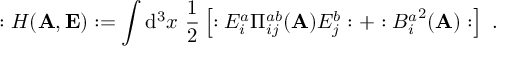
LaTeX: : H ( { \bf A } , { \bf E } ) : = \int \mathrm { d } ^ { 3 } x ~ \frac { 1 } { 2 } \left[ : E _ { i } ^ { a } \Pi _ { i j } ^ { a b } ( { \bf A } ) E _ { j } ^ { b } : + : { B _ { i } ^ { a } } ^ { 2 } ( { \bf A } ) : \right] ~ .